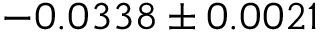
- 0 . 0 3 3 8 \pm 0 . 0 0 2 1